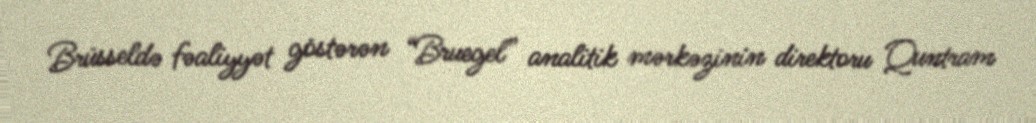
Brüsseldə fəaliyyət göstərən “Bruegel” analitik mərkəzinin direktoru Quntram